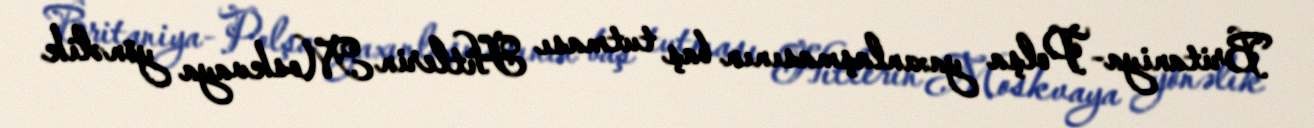
Britaniya-Polşa yaxınlaşmasının baş tutması Hitlerin Moskvaya yönəlik